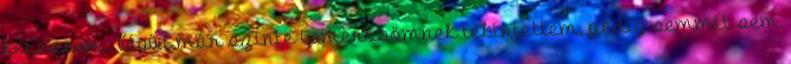
keressem. Végül már szinte ismerősömnek tekintettem, pedig semmit sem